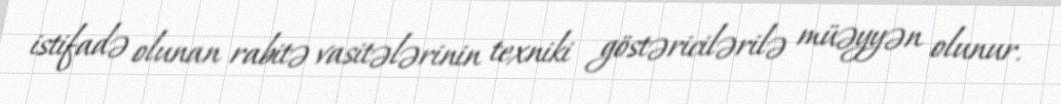
istifadə olunan rabitə vasitələrinin texniki göstəricilərilə müəyyən olunur.